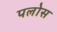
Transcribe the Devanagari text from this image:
पलोस